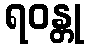
ရဝန္တု